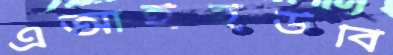
এআইইউবি